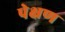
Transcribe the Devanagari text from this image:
पेक्षण